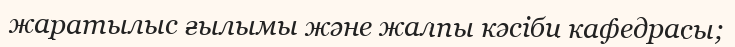
жаратылыс ғылымы және жалпы кәсіби кафедрасы;